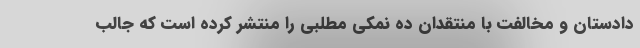
دادستان و مخالفت با منتقدان ده نمکی مطلبی را منتشر کرده است که جالب